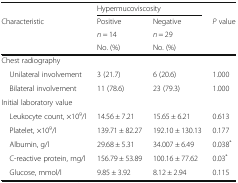
|  | <COLSPAN=2> Hypermucoviscosity |  |
 | <ROWSPAN=3> Characteristic | Positive | Negative | <ROWSPAN=3> P value |
 | n = 14 | n = 29 |
 | No. (%) | No. (%) |
 | --- | --- | --- | --- |
 | Chest radiography |  |  |  |
 | Unilateral involvement | 3 (21.7) | 6 (20.6) | 1.000 |
 | Bilateral involvement | 11 (78.6) | 23 (79.3) | 1.000 |
 | <COLSPAN=4> Initial laboratory value |
 | Leukocyte count, ×109/l | 14.56 ± 7.21 | 15.65 ± 6.21 | 0.613 |
 | Platelet, ×109/l | 139.71 ± 82.27 | 192.10 ± 130.13 | 0.177 |
 | Albumin, g/l | 29.68 ± 5.31 | 34.007 ± 6.49 | 0.038* |
 | C-reactive protein, mg/l | 156.79 ± 53.89 | 100.16 ± 77.62 | 0.03* |
 | Glucose, mmol/l | 9.85 ± 3.92 | 8.12 ± 2.94 | 0.115 |